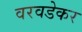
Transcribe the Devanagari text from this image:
वरवडेकर